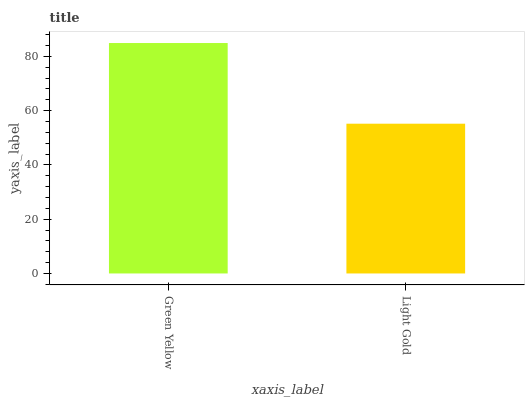
| xaxis_label | bars |
 | --- | --- |
 | Green Yellow | 84.9 |
 | Light Gold | 55.2 |